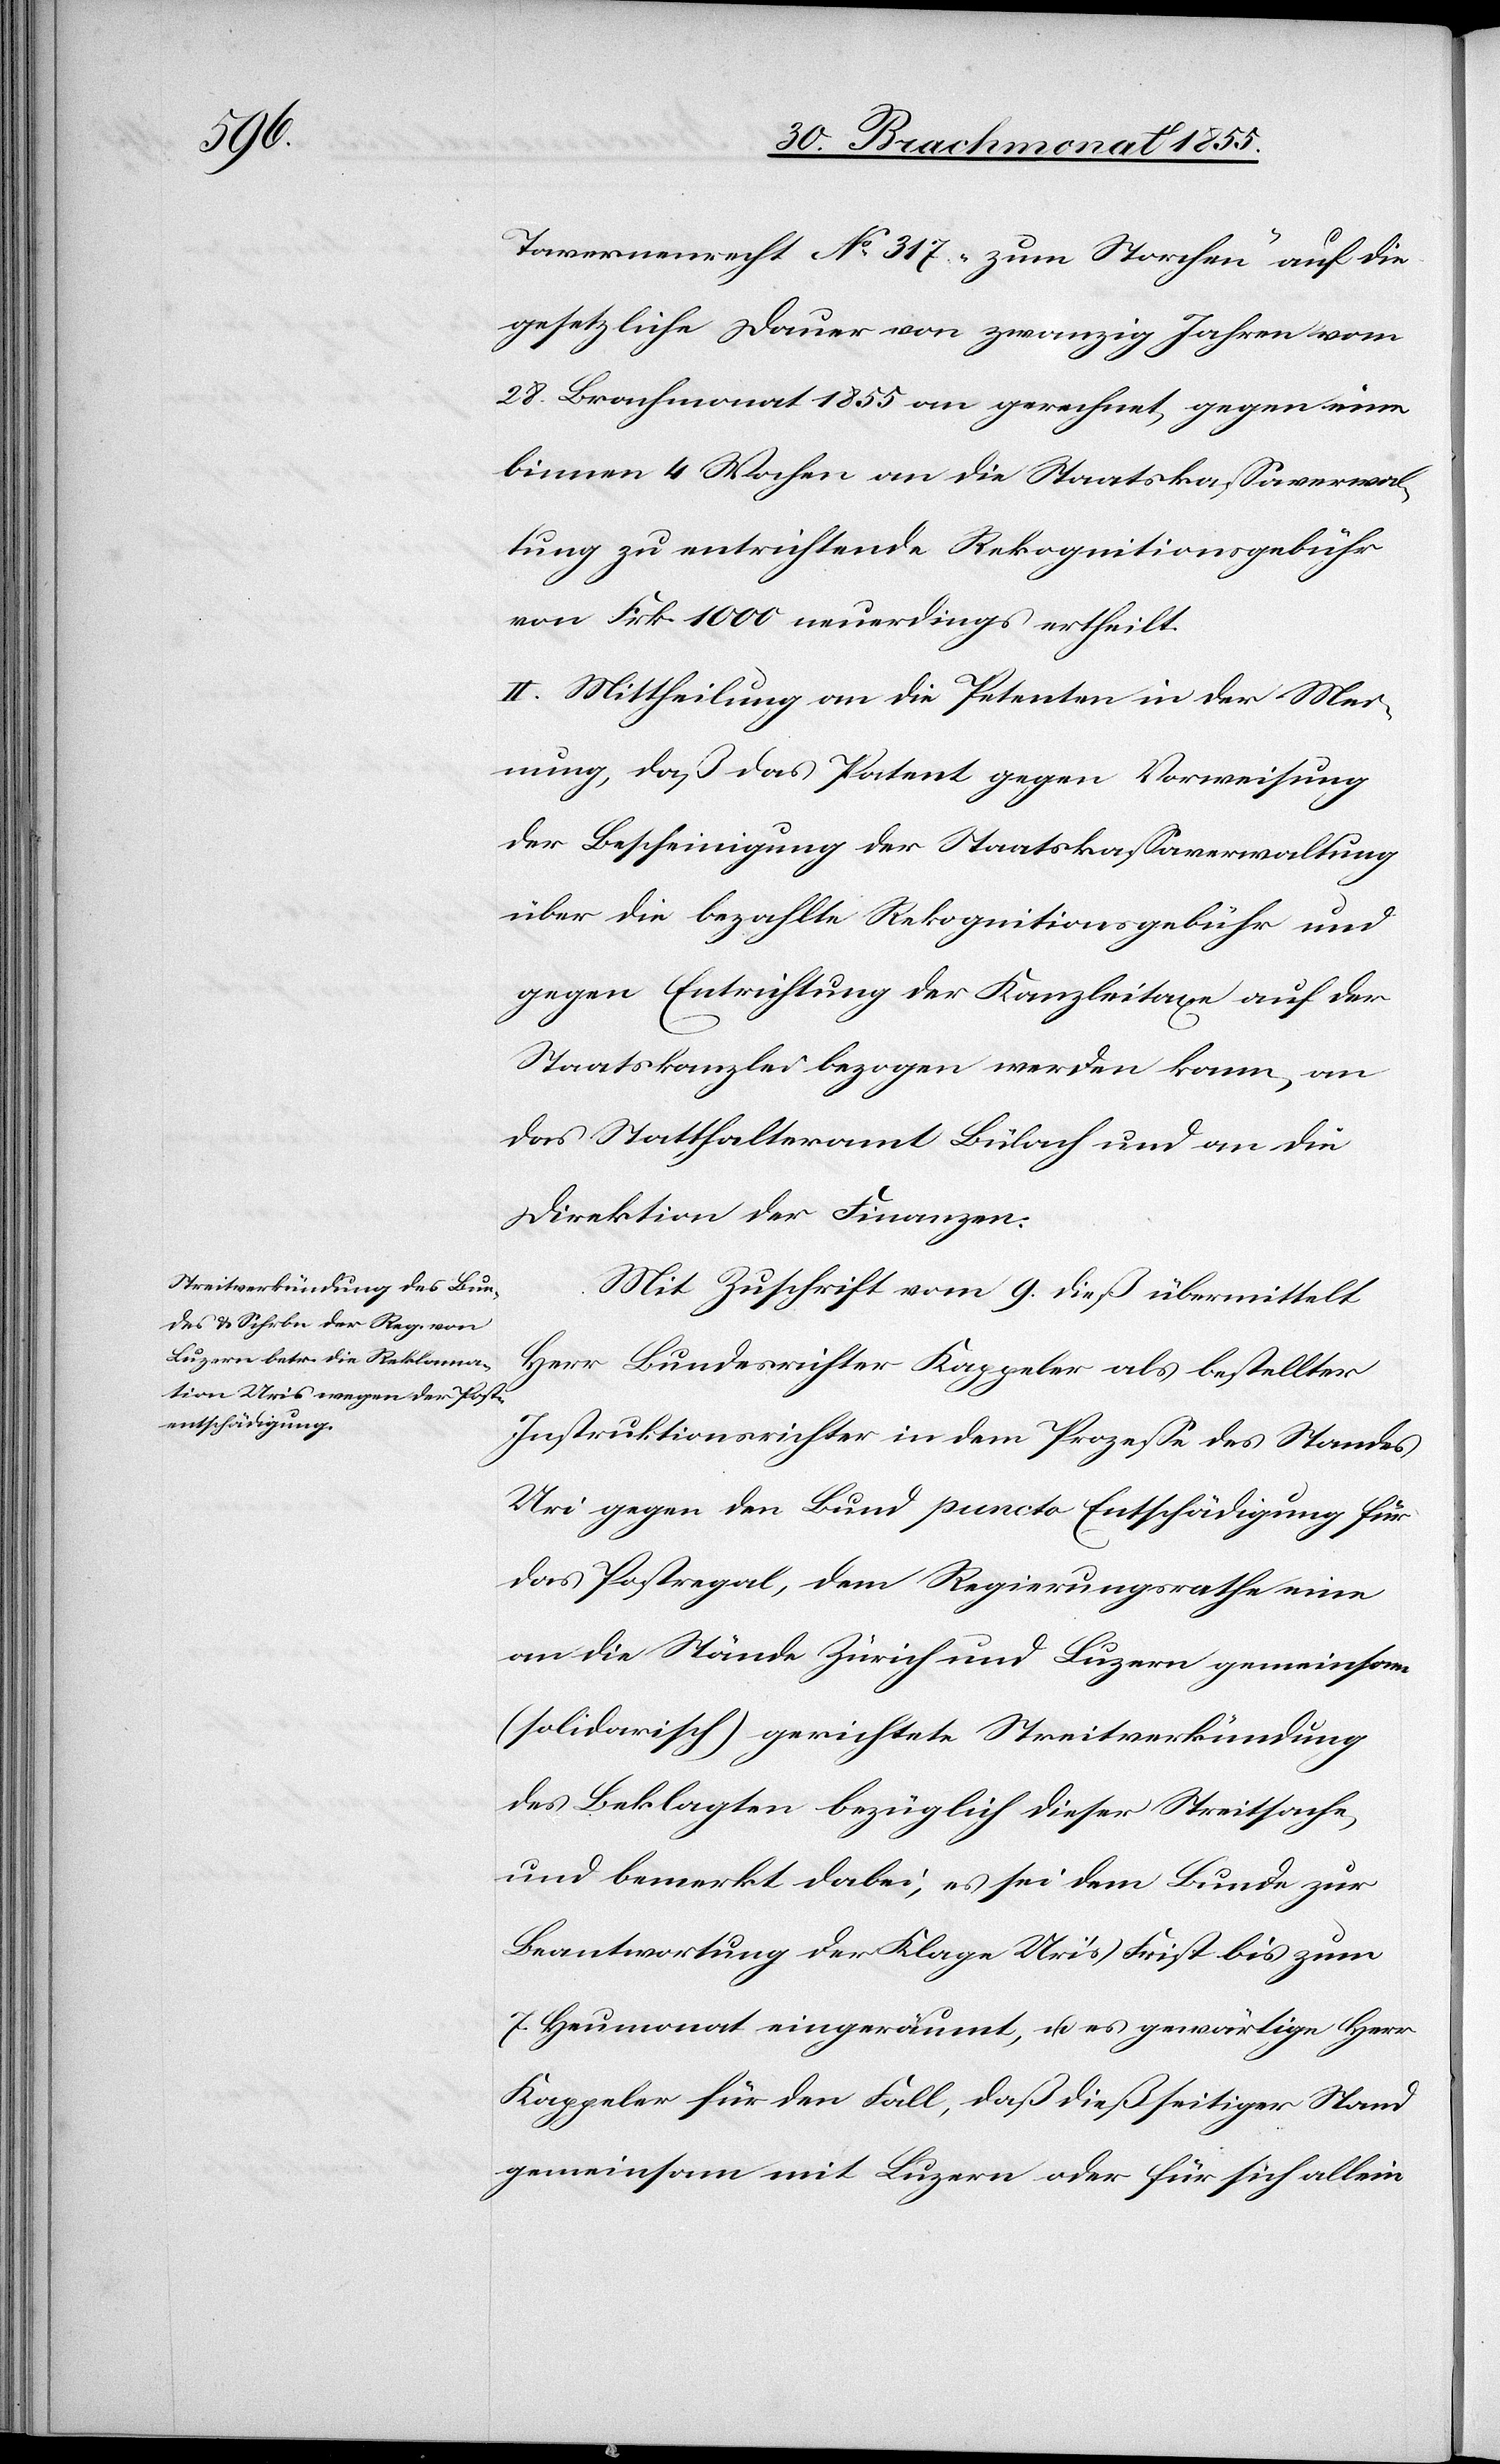
Tavernenrecht No 317 „zum Storchen“ auf die
gesetzliche Dauer von zwanzig Jahren vom
28. Brachmonat 1855 an gerechnet, gegen eine
binnen 4 Wochen an die Staatskassaverwal¬
tung zu entrichtende Rekognitionsgebühr
von Frk. 1000 neuerdings ertheilt.
II. Mittheilung an die Petenten in der Mei¬
nung, daß das Patent gegen Vorweisung
der Bescheinigung der Staatskassaverwaltung
über die bezahlte Rekognitionsgebühr und
gegen Entrichtung der Kanzleitaxe auf der
Staatskanzlei bezogen werden kann, an
das Statthalteramt Bülach und an die
Direktion der Finanzen.
Mit Zuschrift vom 9. dieß übermittelt
Herr Bundesrichter Kappeler als bestellter
Instruktionsrichter in dem Prozesse des Standes
Uri gegen den Bund puncto Entschädigung für
das Postregal, dem Regierungsrathe eine
an die Stände Zürich und Luzern gemeinsam
(solidarisch) gerichtete Streitverkündung
des Beklagten bezüglich dieser Streitsache,
und bemerkt dabei, es sei dem Bunde zur
Beantwortung der Klage Uri’s Frist bis zum
7. Heumonat eingeräumt, u. es gewärtige Herr
Kappeler für den Fall, daß dießseitiger Stand
gemeinsam mit Luzern oder für sich allein